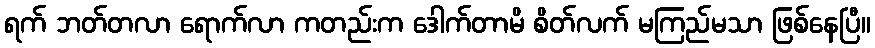
ရက် ဘတ်တလာ ရောက်လာ ကတည်းက ဒေါက်တာမိ စိတ်လက် မကြည်မသာ ဖြစ်နေပြီ။